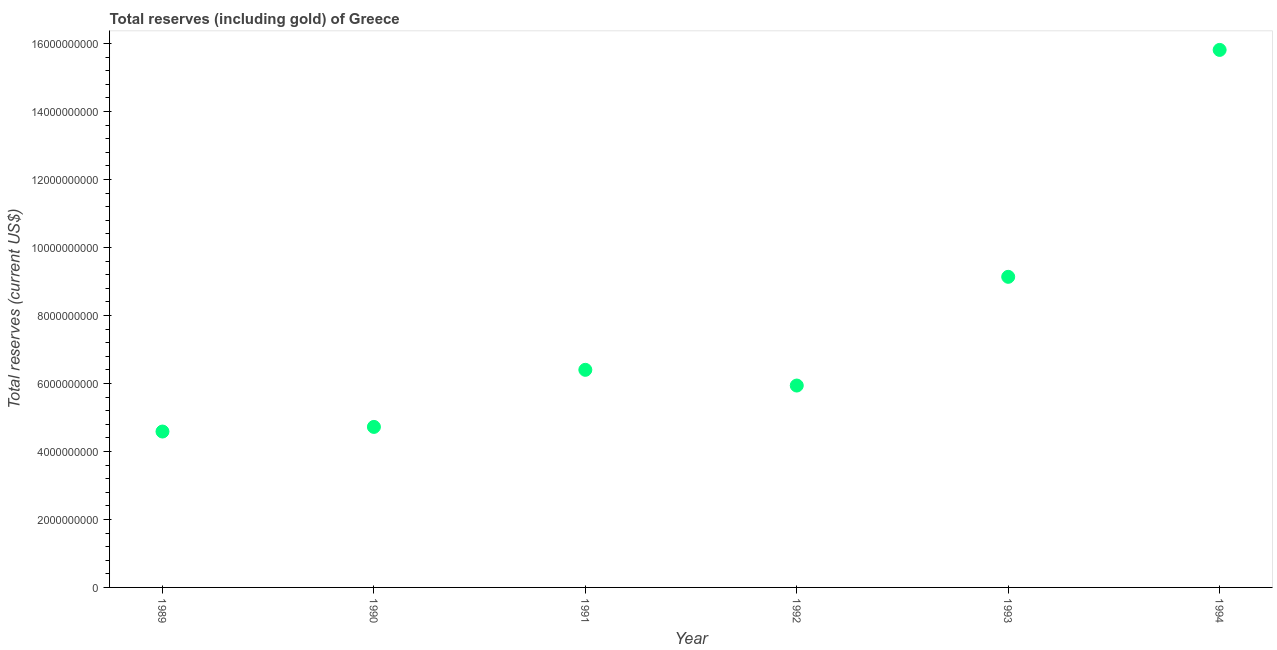
| Year | Total reserves (includes gold |
 | --- | --- |
 | 1989 | 4.58e+09 |
 | 1990 | 4.72e+09 |
 | 1991 | 6.4e+09 |
 | 1992 | 5.94e+09 |
 | 1993 | 9.14e+09 |
 | 1994 | 1.58e+10 |